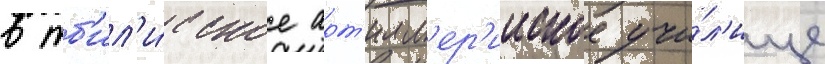
в тб'ил'и́сское арт'илл'ер'ииское учи́л'ище